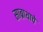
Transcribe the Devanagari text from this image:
साब्राथाचे